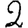
Digit: 2